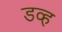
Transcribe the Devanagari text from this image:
डव्ह